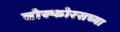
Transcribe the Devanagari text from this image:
बोस्फोरसच्या